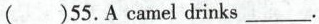
( )55.Acamel drinks ___ .